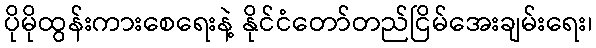
ပိုမိုထွန်းကားစေရေးနဲ့ နိုင်ငံတော်တည်ငြိမ်အေးချမ်းရေး၊